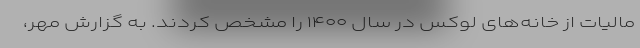
مالیات از خانه‌های لوکس در سال ۱۴۰۰ را مشخص کردند. به گزارش مهر،